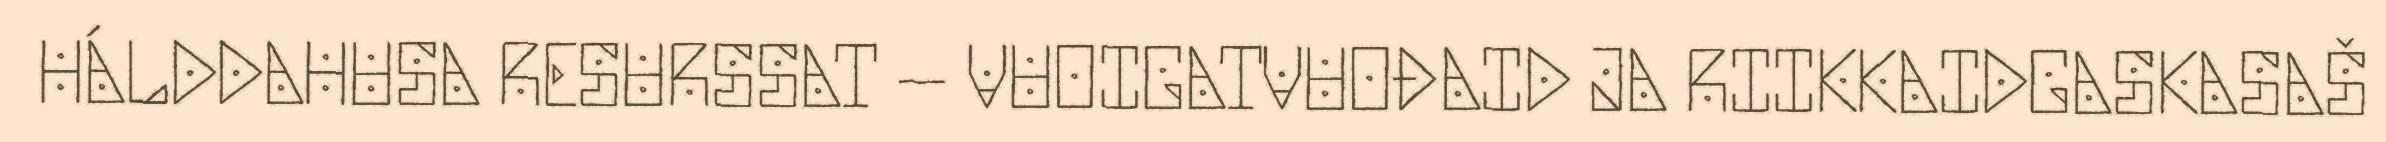
HÁLDDAHUSA RESURSSAT – VUOIGATVUOĐAID JA RIIKKAIDGASKASAŠ